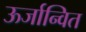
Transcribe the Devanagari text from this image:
ऊर्जान्वित